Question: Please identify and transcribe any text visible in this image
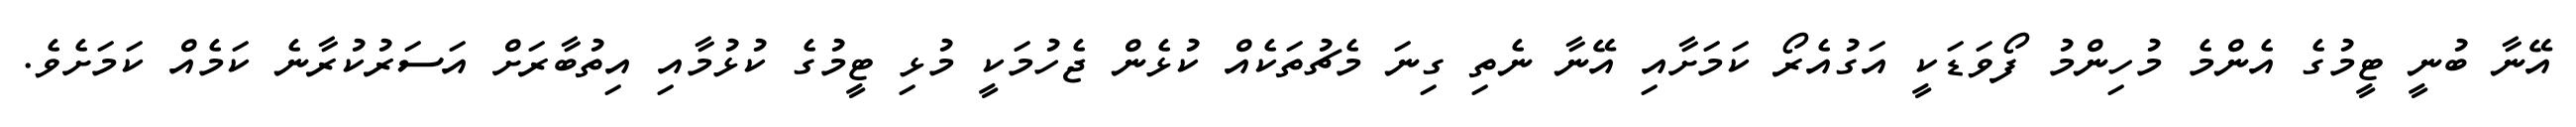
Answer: އޭނާ ބުނީ ޓީމުގެ އެންމެ މުހިންމު ފޯވަޑަކީ އަގުއެރޯ ކަމަށާއި އޭނާ ނެތި ގިނަ މެޗުތަކެއް ކުޅެން ޖެހުމަކީ މުޅި ޓީމުގެ ކުޅުމާއި އިތުބާރަށް އަސަރުކުރާނެ ކަމެއް ކަމަށެވެ.